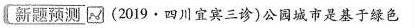
新题预测(2019·四川宜宾三诊)公园城市是基于绿色